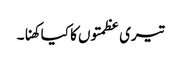
تیری عظمتوں کا کیا کھنا۔